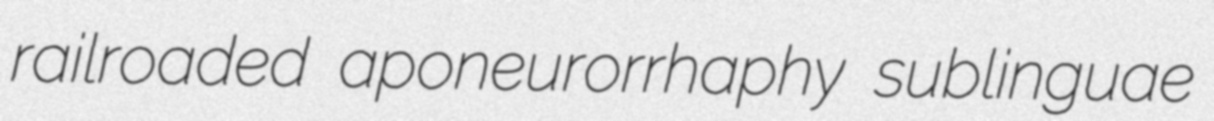
railroaded aponeurorrhaphy sublinguae